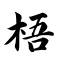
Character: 梧